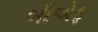
બીએફ